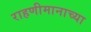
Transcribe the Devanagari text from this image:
राहणीमानाच्या